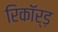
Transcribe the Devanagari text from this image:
रिकॉर्ड़